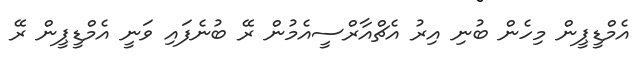
އެމްޑީޕީން މިހެން ބުނި އިރު އެޗްއާރްސީއެމުން ރޭ ބުނެފައި ވަނީ އެމްޑީޕީން ރޭ